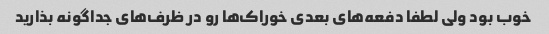
خوب بود ولی لطفا دفعه‌های بعدی خوراک‌ها رو در ظرف‌های جداگونه بذارید